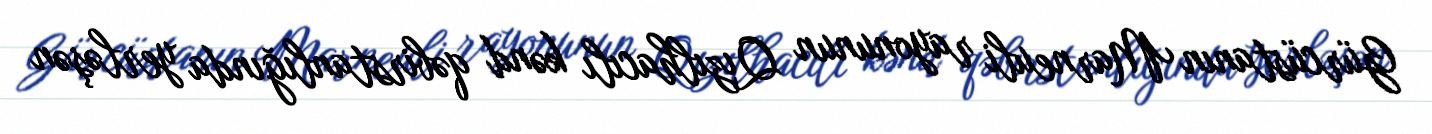
Gürcüstanın Marneuli rayonunun Qızılhacılı kənd qəbirstanlığında yerləşən